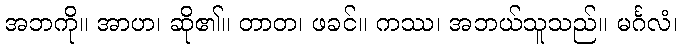
အဘကို။ အာဟ၊ ဆို၏။ တာတ၊ ဖခင်။ ကဿ၊ အဘယ်သူသည်။ မင်္ဂလံ၊